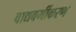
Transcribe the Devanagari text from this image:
वाद्यवर्गीकरण